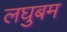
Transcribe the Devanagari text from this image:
लघुबम